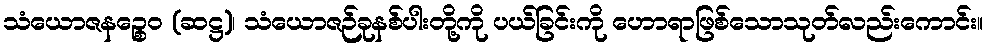
သံယောဇနဉ္စေဝ (ဆဋ္ဌ)၊ သံယောဇဉ်ခုနစ်ပါးတို့ကို ပယ်ခြင်းကို ဟောရာဖြစ်သောသုတ်လည်းကောင်း။